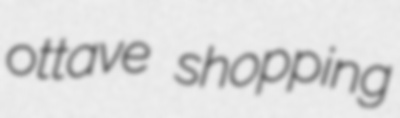
ottave shopping